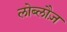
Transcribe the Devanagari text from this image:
लोब्लौज़